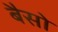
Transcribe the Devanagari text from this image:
बैसो